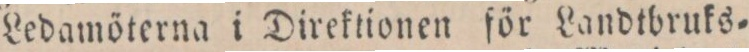
Ledamöterna i Direktionen för Landtbruks=